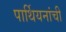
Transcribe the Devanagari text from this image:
पार्थियनांची